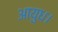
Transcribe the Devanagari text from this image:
आयुध।